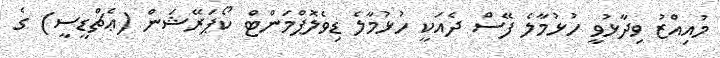
މުއިއްޒު ވިދާޅުވީ ހުޅުމާލެ ފޭސް ދެއަކީ ހުޅުމާލެ ޑިވެލޮޕްމަންޓް ކޯޕަރޭޝަން (ޢެޗްޑީސީ) ގެ